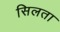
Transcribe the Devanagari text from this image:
सिलता